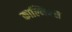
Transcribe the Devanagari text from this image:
काल्मियस